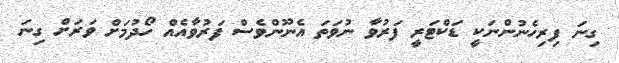
ގިނަ ފިރިހެނުންނަކީ ޑަކްޓަރީ ފަރުވާ ނުވަތަ އެނޫންވެސް ފަރުވާއެއް ހޯދުމަށް ވަރަށް ގިނަ